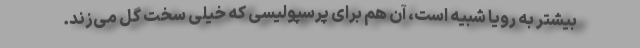
بیشتر به رویا شبیه است، آن هم برای پرسپولیسی که خیلی سخت گل می‌زند.